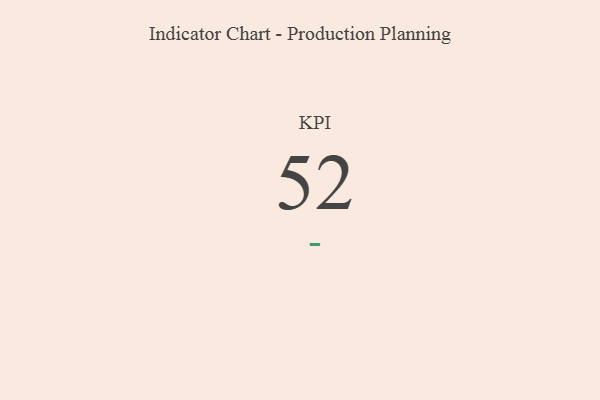
{"axis": {"x": "KPI", "y": "Value"}, "legend": [""], "data": [{"x": "KPI", "y": 52, "type": ""}]}